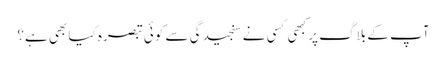
آپ کے بلاگ پر کبھی کسی نے سنجیدگی سے کوئی تبصرہ کیا بھی ہے؟